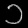
Digit: ၁